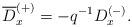
LaTeX: \begin{align*}\overline{D}_{x}^{(+)}=-q^{-1}D_{x}^{(-)}.\end{align*}